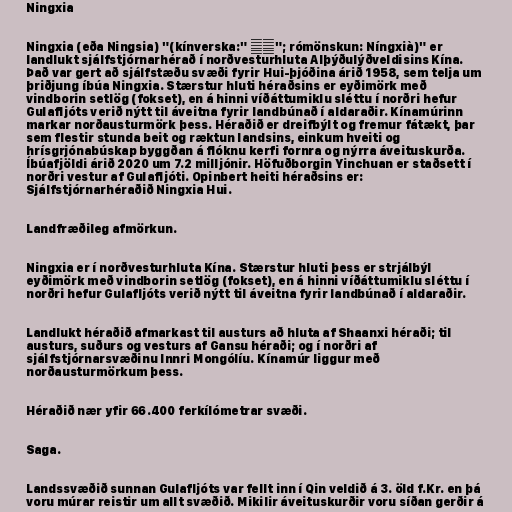
Ningxia

Ningxia (eða Ningsia) "(kínverska:" 宁夏"; rómönskun: Níngxià)" er
landlukt sjálfstjórnarhérað í norðvesturhluta Alþýðulýðveldisins Kína.
Það var gert að sjálfstæðu svæði fyrir Hui-þjóðina árið 1958, sem telja um
þriðjung íbúa Ningxia. Stærstur hluti héraðsins er eyðimörk með
vindborin setlög (fokset), en á hinni víðáttumiklu sléttu í norðri hefur
Gulafljóts verið nýtt til áveitna fyrir landbúnað í aldaraðir. Kínamúrinn
markar norðausturmörk þess. Héraðið er dreifbýlt og fremur fátækt, þar
sem flestir stunda beit og ræktun landsins, einkum hveiti og
hrísgrjónabúskap byggðan á flóknu kerfi fornra og nýrra áveituskurða.
Íbúafjöldi árið 2020 um 7.2 milljónir. Höfuðborgin Yinchuan er staðsett í
norðri vestur af Gulafljóti. Opinbert heiti héraðsins er:
Sjálfstjórnarhéraðið Ningxia Hui.

Landfræðileg afmörkun.

Ningxia er í norðvesturhluta Kína. Stærstur hluti þess er strjálbýl
eyðimörk með vindborin setlög (fokset), en á hinni víðáttumiklu sléttu í
norðri hefur Gulafljóts verið nýtt til áveitna fyrir landbúnað í aldaraðir.

Landlukt héraðið afmarkast til austurs að hluta af Shaanxi héraði; til
austurs, suðurs og vesturs af Gansu héraði; og í norðri af
sjálfstjórnarsvæðinu Innri Mongólíu. Kínamúr liggur með
norðausturmörkum þess.

Héraðið nær yfir 66.400 ferkílómetrar svæði.

Saga.

Landssvæðið sunnan Gulafljóts var fellt inn í Qin veldið á 3. öld f.Kr. en þá
voru múrar reistir um allt svæðið. Mikilir áveituskurðir voru síðan gerðir á